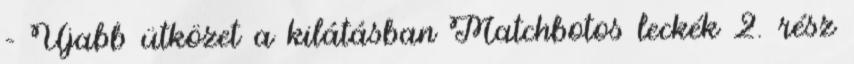
– Újabb ütközet a kilátásban Matchbotos leckék 2. rész